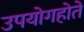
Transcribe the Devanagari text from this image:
उपयोगहोते